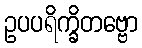
ဥပပရိက္ခိတဗ္ဗော